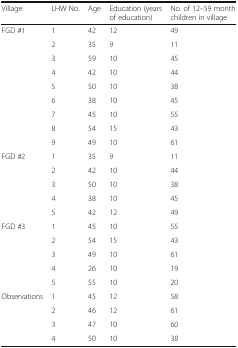
| Village | LHW No. | Age | Education (years of education) | No. of 12–59 month children in village |
 | --- | --- | --- | --- | --- |
 | <ROWSPAN=9> FGD #1 | 1 | 42 | 12 | 49 |
 | 2 | 35 | 9 | 11 |
 | 3 | 59 | 10 | 45 |
 | 4 | 42 | 10 | 44 |
 | 5 | 50 | 10 | 38 |
 | 6 | 38 | 10 | 45 |
 | 7 | 45 | 10 | 55 |
 | 8 | 54 | 15 | 43 |
 | 9 | 49 | 10 | 61 |
 | <ROWSPAN=5> FGD #2 | 1 | 35 | 9 | 11 |
 | 2 | 42 | 10 | 44 |
 | 3 | 50 | 10 | 38 |
 | 4 | 38 | 10 | 45 |
 | 5 | 42 | 12 | 49 |
 | <ROWSPAN=5> FGD #3 | 1 | 45 | 10 | 55 |
 | 2 | 54 | 15 | 43 |
 | 3 | 49 | 10 | 61 |
 | 4 | 26 | 10 | 19 |
 | 5 | 55 | 10 | 20 |
 | <ROWSPAN=4> Observations | 1 | 45 | 12 | 58 |
 | 2 | 46 | 12 | 61 |
 | 3 | 47 | 10 | 60 |
 | 4 | 50 | 10 | 38 |